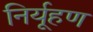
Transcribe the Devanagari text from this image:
निर्यूहण